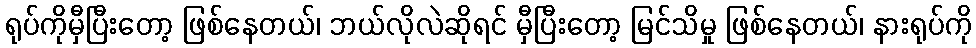
ရုပ်ကိုမှီပြီးတော့ ဖြစ်နေတယ်၊ ဘယ်လိုလဲဆိုရင် မှီပြီးတော့ မြင်သိမှု ဖြစ်နေတယ်၊ နားရုပ်ကို